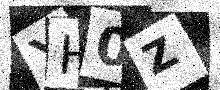
Text: YH0Z